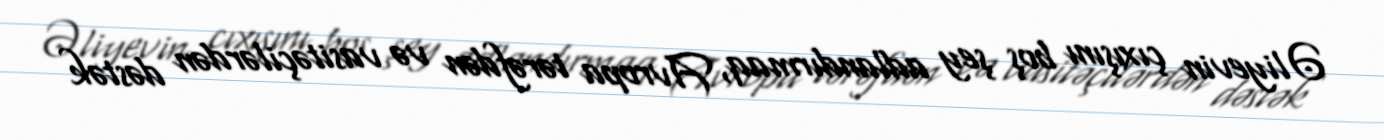
Əliyevin çıxışını boş şey adlandırmaq, Avropa tərəfdən və vasitəçilərdən dəstək